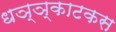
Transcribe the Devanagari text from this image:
धञ्ञ्काटकस